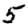
Digit: 5